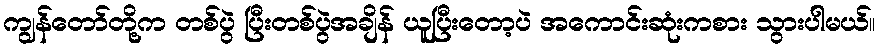
ကျွန်တော်တို့က တစ်ပွဲ ပြီးတစ်ပွဲအချိန် ယူပြီးတော့ပဲ အကောင်းဆုံးကစား သွားပါမယ်။